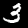
Label: 3